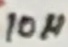
Text: 10µ